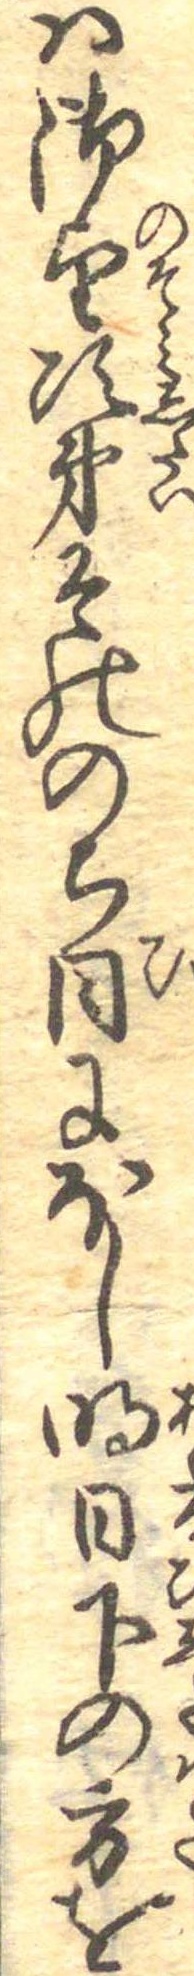
は御望次第そののち日にほし明日下の方を